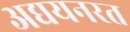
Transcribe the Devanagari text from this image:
अद्ययनरत